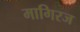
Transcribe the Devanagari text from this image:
मागिरज